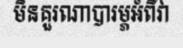
មិនគួរណាបារម្ភអំពីវា